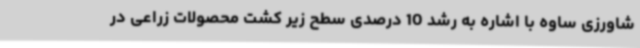
شاورزی ساوه با اشاره به رشد 10 درصدی سطح زیر کشت محصولات زراعی در